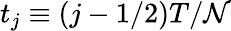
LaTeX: t_{j}\equiv(j-1/2)T/\mathcal{N}